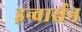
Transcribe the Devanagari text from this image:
इन्वार्सन